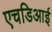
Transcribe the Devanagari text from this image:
एचडिआई